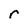
Character: r